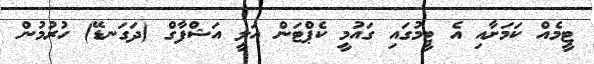
ޓީމެއް ކަމަށާއި އެ ޓީމުގައި ގައުމީ ކެޕްޓަން އަލީ އަޝްފާގް (ދަގަނޑޭ) ހުރުމުން